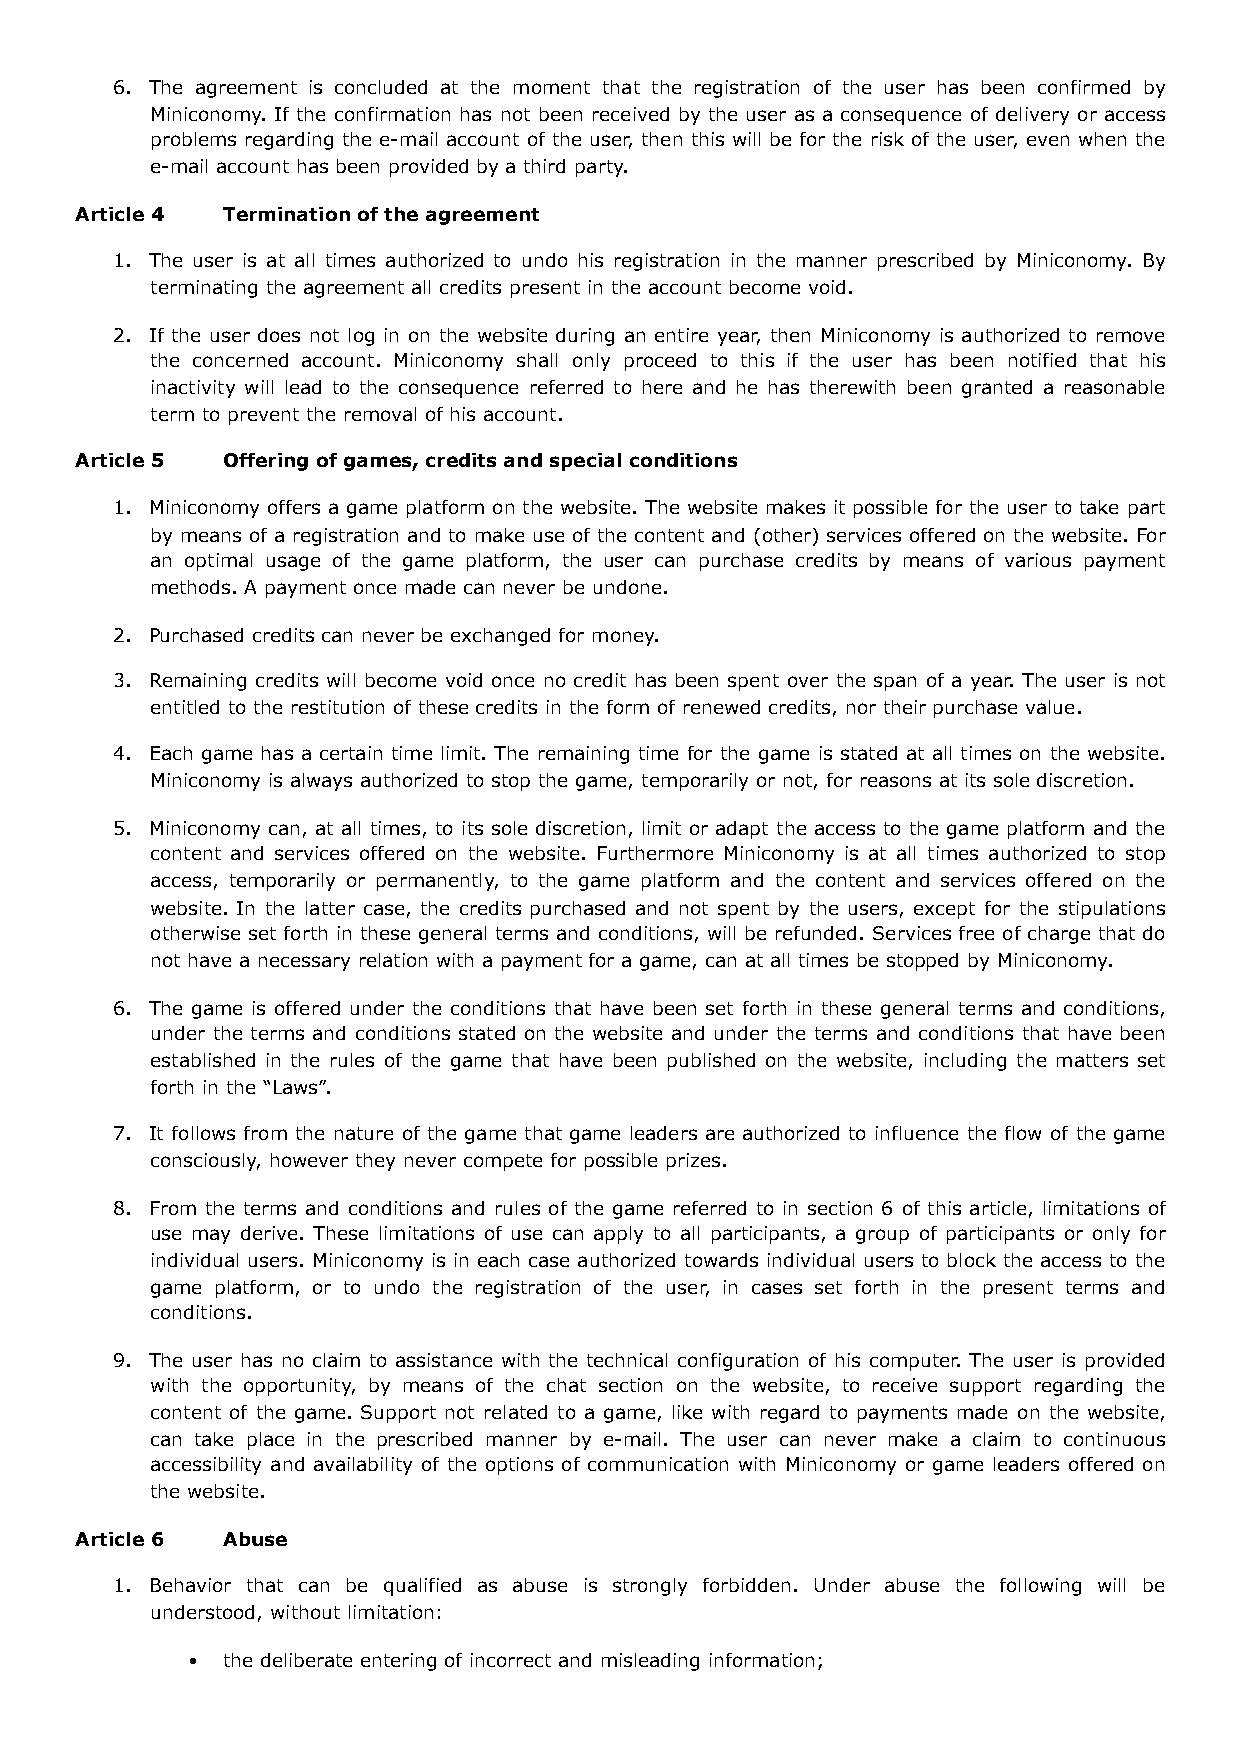
6. The agreement is concluded at the moment that the registration of the user has been confirmed by
 Miniconomy. If the confirmation has not been received by the user as a consequence of delivery or access
 problems regarding the e-mail account of the user, then this will be for the risk of the user, even when the
 e-mail account has been provided by a third party.
 Article 4 Termination of the agreement
 1. The user is at all times authorized to undo his registration in the manner prescribed by Miniconomy. By
 terminating the agreement all credits present in the account become void.
 2. If the user does not log in on the website during an entire year, then Miniconomy is authorized to remove
 the concerned account. Miniconomy shall only proceed to this if the user has been notified that his
 inactivity will lead to the consequence referred to here and he has therewith been granted a reasonable
 term to prevent the removal of his account.
 Article 5 Offering of games, credits and special conditions
 1. Miniconomy offers a game platform on the website. The website makes it possible for the user to take part
 by means of a registration and to make use of the content and (other) services offered on the website. For
 an optimal usage of the game platform, the user can purchase credits by means of various payment
 methods. A payment once made can never be undone.
 2. Purchased credits can never be exchanged for money.
 3. Remaining credits will become void once no credit has been spent over the span of a year. The user is not
 entitled to the restitution of these credits in the form of renewed credits, nor their purchase value.
 4. Each game has a certain time limit. The remaining time for the game is stated at all times on the website.
 Miniconomy is always authorized to stop the game, temporarily or not, for reasons at its sole discretion.
 5. Miniconomy can, at all times, to its sole discretion, limit or adapt the access to the game platform and the
 content and services offered on the website. Furthermore Miniconomy is at all times authorized to stop
 access, temporarily or permanently, to the game platform and the content and services offered on the
 website. In the latter case, the credits purchased and not spent by the users, except for the stipulations
 otherwise set forth in these general terms and conditions, will be refunded. Services free of charge that do
 not have a necessary relation with a payment for a game, can at all times be stopped by Miniconomy.
 6. The game is offered under the conditions that have been set forth in these general terms and conditions,
 under the terms and conditions stated on the website and under the terms and conditions that have been
 established in the rules of the game that have been published on the website, including the matters set
 forth in the “Laws”.
 7. It follows from the nature of the game that game leaders are authorized to influence the flow of the game
 consciously, however they never compete for possible prizes.
 8. From the terms and conditions and rules of the game referred to in section 6 of this article, limitations of
 use may derive. These limitations of use can apply to all participants, a group of participants or only for
 individual users. Miniconomy is in each case authorized towards individual users to block the access to the
 game platform, or to undo the registration of the user, in cases set forth in the present terms and
 conditions.
 9. The user has no claim to assistance with the technical configuration of his computer. The user is provided
 with the opportunity, by means of the chat section on the website, to receive support regarding the
 content of the game. Support not related to a game, like with regard to payments made on the website,
 can take place in the prescribed manner by e-mail. The user can never make a claim to continuous
 accessibility and availability of the options of communication with Miniconomy or game leaders offered on
 the website.
 Article 6 Abuse
 1. Behavior that can be qualified as abuse is strongly forbidden. Under abuse the following will be
 understood, without limitation:
 •  the deliberate entering of incorrect and misleading information;